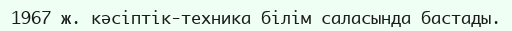
1967 ж. кәсіптік-техника білім саласында бастады.